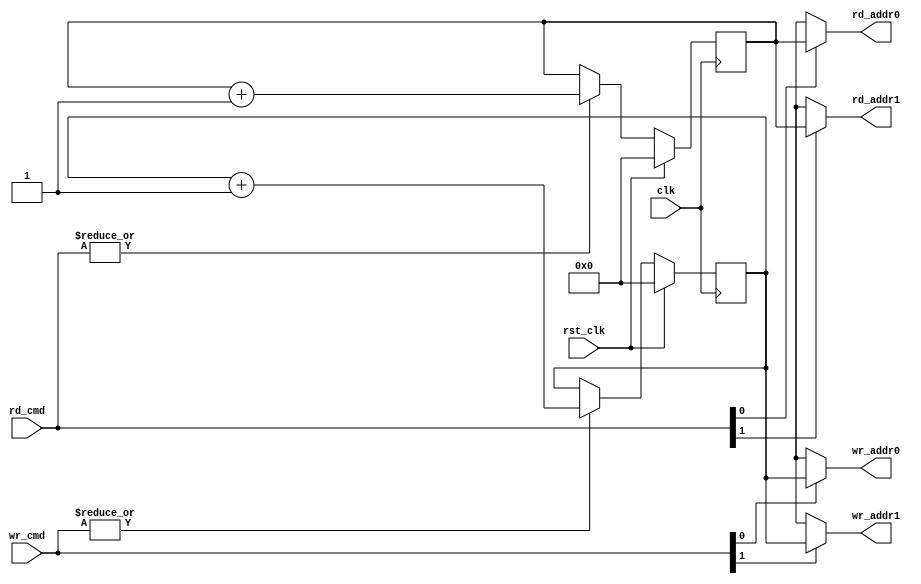
//*****************************************************************************
//(c) Copyright 2006 - 2009 Xilinx, Inc. All rights reserved.
//
// This file contains confidential and proprietary information
// of Xilinx, Inc. and is protected under U.S. and
// international copyright and other intellectual property
// laws.
//
// DISCLAIMER
// This disclaimer is not a license and does not grant any
// rights to the materials distributed herewith. Except as
// otherwise provided in a valid license issued to you by
// Xilinx, and to the maximum extent permitted by applicable
// law: (1) THESE MATERIALS ARE MADE AVAILABLE "AS IS" AND
// WITH ALL FAULTS, AND XILINX HEREBY DISCLAIMS ALL WARRANTIES
// AND CONDITIONS, EXPRESS, IMPLIED, OR STATUTORY, INCLUDING
// BUT NOT LIMITED TO WARRANTIES OF MERCHANTABILITY, NON-
// INFRINGEMENT, OR FITNESS FOR ANY PARTICULAR PURPOSE; and
// (2) Xilinx shall not be liable (whether in contract or tort,
// including negligence, or under any other theory of
// liability) for any loss or damage of any kind or nature
// related to, arising under or in connection with these
// materials, including for any direct, or any indirect,
// special, incidental, or consequential loss or damage
// (including loss of data, profits, goodwill, or any type of
// loss or damage suffered as a result of any action brought
// by a third party) even if such damage or loss was
// reasonably foreseeable or Xilinx had been advised of the
// possibility of the same.
//
// CRITICAL APPLICATIONS
// Xilinx products are not designed or intended to be fail-
// safe, or for use in any application requiring fail-safe
// performance, such as life-support or safety devices or
// systems, Class III medical devices, nuclear facilities,
// applications related to the deployment of airbags, or any
// other applications that could lead to death, personal
// injury, or severe property or environmental damage
// (individually and collectively, "Critical
// Applications"). Customer assumes the sole risk and
// liability of any use of Xilinx products in Critical
// Applications, subject only to applicable laws and
// regulations governing limitations on product liability.
//
// THIS COPYRIGHT NOTICE AND DISCLAIMER MUST BE RETAINED AS
// PART OF THIS FILE AT ALL TIMES.

////////////////////////////////////////////////////////////////////////////////
//   ____  ____
//  /   /\/   /
// /___/  \  /    Vendor             : Xilinx
// \   \   \/     Version            : 3.8 
//  \   \         Application        : MIG
//  /   /         Filename           : tb_addr_gen.v
// /___/   /\     Date Last Modified : $Date: 2011/05/27 15:51:52 $
// \   \  /  \    Date Created       : Nov 24, 2008 
//  \___\/\___\
//
//Device: Virtex-6
//Design: QDRII+
//
//Purpose:
//    This module
//       1. generates the write and read test memory addresses.
//
//Revision History:
//
////////////////////////////////////////////////////////////////////////////////

`timescale 1ps/1ps

module tb_addr_gen #(
  parameter ADDR_WIDTH = 19,  //Address Width
  parameter TCQ        = 100  //Register Delay
)
(
  input                         clk,
  input                         rst_clk,
  input       [1:0]             wr_cmd,
  input       [1:0]             rd_cmd,
  output wire [ADDR_WIDTH-1:0]  wr_addr0,
  output wire [ADDR_WIDTH-1:0]  wr_addr1,
  output wire [ADDR_WIDTH-1:0]  rd_addr0, 
  output wire [ADDR_WIDTH-1:0]  rd_addr1 
);
     
  reg [ADDR_WIDTH-1:0] rd_addr_cntr  = 0;
  reg [ADDR_WIDTH-1:0] wr_addr_cntr  = 0;

  assign wr_addr0 = (wr_cmd[0]) ? wr_addr_cntr : 'bX;
  assign wr_addr1 = (wr_cmd[1]) ? wr_addr_cntr : 'bX;

  assign rd_addr0 = (rd_cmd[0]) ? rd_addr_cntr : 'bX;
  assign rd_addr1 = (rd_cmd[1]) ? rd_addr_cntr : 'bX;

  always @ (posedge clk)
    begin
      if (rst_clk) begin
        rd_addr_cntr   <=#TCQ 0;

      //Increment the address while calibration is done
      end else if (|rd_cmd) begin
        rd_addr_cntr <=#TCQ rd_addr_cntr + 1;
      end
    end
    
  always @ (posedge clk)
    begin
      if (rst_clk) begin
        wr_addr_cntr   <=#TCQ 0;

      //Increment the address while calibration is done
      end else if (|wr_cmd) begin
        wr_addr_cntr <=#TCQ wr_addr_cntr + 1;
      end
    end

endmodule